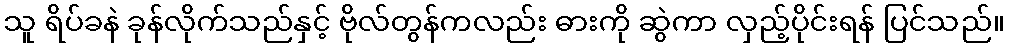
သူ ရိပ်ခနဲ ခုန်လိုက်သည်နှင့် ဗိုလ်တွန်ကလည်း ဓားကို ဆွဲကာ လှည့်ပိုင်းရန် ပြင်သည်။